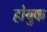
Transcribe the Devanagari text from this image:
होयुक